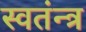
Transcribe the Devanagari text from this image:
स्वतंन्त्र